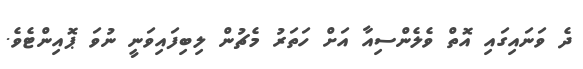
ދެ ވަނައިގައި އޮތް ވެލެންސިއާ އަށް ހަތަރު މެޗުން ލިބިފައިވަނީ ނުވަ ޕޮއިންޓެވެ.